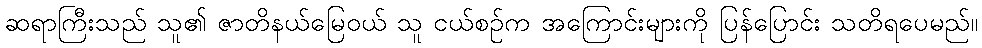
ဆရာကြီးသည် သူ၏ ဇာတိနယ်မြေဝယ် သူ ငယ်စဉ်က အကြောင်းများကို ပြန်ပြောင်း သတိရပေမည်။